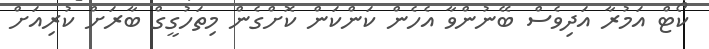
ކޯޓް އަމުރާ އަދިވެސް ބޭނުންވާ އެހެން ކަންކަން ކޮށްގެން މިތަހުގީގް ބާރަށް ކުރިއަށް